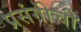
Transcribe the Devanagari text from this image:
प्रसंगीची